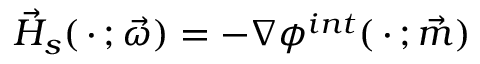
\vec { H } _ { s } ( \, \cdot \, ; \vec { \omega } ) = - \nabla \phi ^ { i n t } ( \, \cdot \, ; \vec { m } )